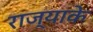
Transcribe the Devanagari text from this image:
राज्याके